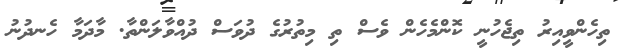
ތިހެންވީއިރު ތިޖެހުނީ ކޮންމެހެން ވެސް ތި މިތުރުގެ ދުވަސް ދުއްވާލަންތާ. މާދަމާ ހެނދުނު